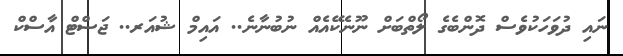
ނައި ދުވަހަކުވެސް ދޮންބެގެ ލޯތްބަށް ނޫނެކޭއެއް ނުބުނާނެ.. އައިމް ޝުއަރ.. ޖަސްޓް އާސްކް